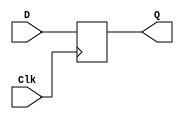
`timescale 1ns / 1ps
//////////////////////////////////////////////////////////////////////////////////
// Company: 
// Engineer: 
// 
// Design Name: Serial Transmission
// Module Name: serialTran
// Project Name: 
// Target Devices: 
// Tool Versions: 
// Description: 
// 
// Dependencies: 
// 
// Revision:
// Revision 0.01 - File Created
// Additional Comments:
// 
//////////////////////////////////////////////////////////////////////////////////


//4bit transmission

//D flip flop
module dff(
input D,
input Clk,
output reg Q
);

initial Q = 0;

always @(posedge Clk)
begin
Q <= D;
end
endmodule

//1bit PISO register
module PISO1(
  input D,
  input Din,
  input Sel,
  input Clk,
  output Dout
);

wire y;

assign y = ((D & Sel) || (Din & ~Sel));

dff d1(y, Clk, Dout);

endmodule

//4 bit PISO register
module PISO4(
  input [3:0] D,
  input Sel,
  input Clk,
  output Dout
);

wire Din;
assign Din = 0;
wire [2:0] Dy;

PISO1 piso1(D[3], Din, Sel, Clk, Dy[0]);
PISO1 piso2(D[2], Dy[0], Sel, Clk, Dy[1]);
PISO1 piso3(D[1], Dy[1], Sel, Clk, Dy[2]);
PISO1 piso4(D[0], Dy[2], Sel, Clk, Dout);

endmodule

//4bit SIPO register
module SIPO4(
  input Din,
  input Clk,
  output [3:0] D
);

dff d1(Din, Clk, D[3]);
dff d2(D[3], Clk, D[2]);
dff d3(D[2], Clk, D[1]);
dff d4(D[1], Clk, D[0]);

endmodule

module ParityCheck(
  input [3:0] In,
  output Out
);
  assign Out = ^In;
endmodule

//transmission takes 4 (depending on the number of bits) clock cycles
module serialTran(
    input [3:0] ParallerDin,
    input Sel,
    input Clk,
    output SerialDout,
    output ParityCheckErr,
    output [3:0] ParallerDout
    );

    wire [1:0] ParityCheckValue;

    PISO4 piso(ParallerDin, Sel, Clk, SerialDout);
    SIPO4 sipo(SerialDout, Clk, ParallerDout);


    ParityCheck parityCheckPiso(ParallerDin, ParityCheckValue[0]);
    ParityCheck parityCheckSipo(ParallerDout, ParityCheckValue[1]);

    assign ParityCheckErr = ^ParityCheckValue;
endmodule